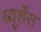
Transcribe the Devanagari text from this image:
ब्यूर्शेंस